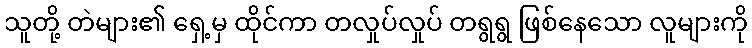
သူတို့ တဲများ၏ ရှေ့မှ ထိုင်ကာ တလှုပ်လှုပ် တရွရွ ဖြစ်နေသော လူများကို